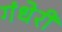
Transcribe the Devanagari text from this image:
गंधेरी